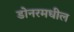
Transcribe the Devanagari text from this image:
डोनरमधील